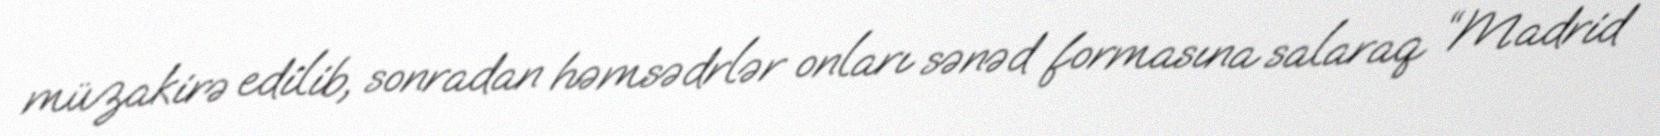
müzakirə edilib, sonradan həmsədrlər onları sənəd formasına salaraq “Madrid